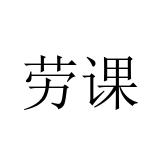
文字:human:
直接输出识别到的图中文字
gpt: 劳课